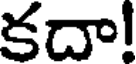
కదా!